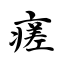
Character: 瘥